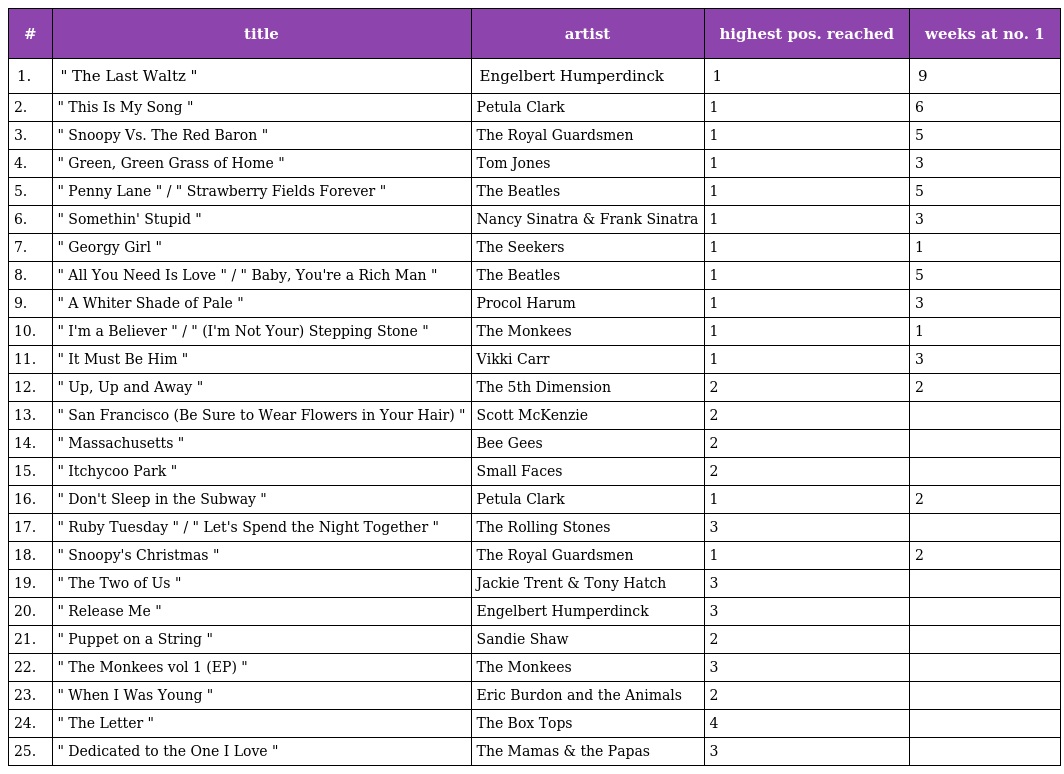
| # | title | artist | highest pos. reached | weeks at no. 1 |
 | --- | --- | --- | --- | --- |
 | 1. | " The Last Waltz " | Engelbert Humperdinck | 1 | 9 |
 | 2. | " This Is My Song " | Petula Clark | 1 | 6 |
 | 3. | " Snoopy Vs. The Red Baron " | The Royal Guardsmen | 1 | 5 |
 | 4. | " Green, Green Grass of Home " | Tom Jones | 1 | 3 |
 | 5. | " Penny Lane " / " Strawberry Fields Forever " | The Beatles | 1 | 5 |
 | 6. | " Somethin' Stupid " | Nancy Sinatra & Frank Sinatra | 1 | 3 |
 | 7. | " Georgy Girl " | The Seekers | 1 | 1 |
 | 8. | " All You Need Is Love " / " Baby, You're a Rich Man " | The Beatles | 1 | 5 |
 | 9. | " A Whiter Shade of Pale " | Procol Harum | 1 | 3 |
 | 10. | " I'm a Believer " / " (I'm Not Your) Stepping Stone " | The Monkees | 1 | 1 |
 | 11. | " It Must Be Him " | Vikki Carr | 1 | 3 |
 | 12. | " Up, Up and Away " | The 5th Dimension | 2 | 2 |
 | 13. | " San Francisco (Be Sure to Wear Flowers in Your Hair) " | Scott McKenzie | 2 |  |
 | 14. | " Massachusetts " | Bee Gees | 2 |  |
 | 15. | " Itchycoo Park " | Small Faces | 2 |  |
 | 16. | " Don't Sleep in the Subway " | Petula Clark | 1 | 2 |
 | 17. | " Ruby Tuesday " / " Let's Spend the Night Together " | The Rolling Stones | 3 |  |
 | 18. | " Snoopy's Christmas " | The Royal Guardsmen | 1 | 2 |
 | 19. | " The Two of Us " | Jackie Trent & Tony Hatch | 3 |  |
 | 20. | " Release Me " | Engelbert Humperdinck | 3 |  |
 | 21. | " Puppet on a String " | Sandie Shaw | 2 |  |
 | 22. | " The Monkees vol 1 (EP) " | The Monkees | 3 |  |
 | 23. | " When I Was Young " | Eric Burdon and the Animals | 2 |  |
 | 24. | " The Letter " | The Box Tops | 4 |  |
 | 25. | " Dedicated to the One I Love " | The Mamas & the Papas | 3 |  |